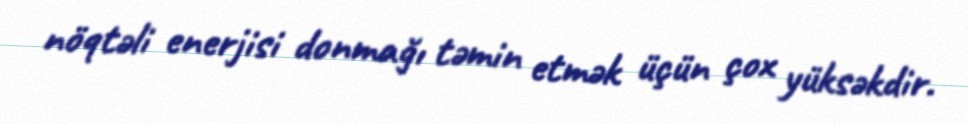
nöqtəli enerjisi donmağı təmin etmək üçün çox yüksəkdir.